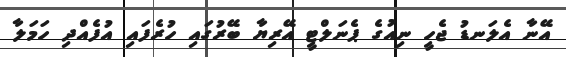
އޭނާ އެލަނޑު ޖެހީ ނިއުގެ ޕެނަލްޓީ އޭރިޔާ ބޭރުގައި ހުރެފައި އުފެއްދި ހަމަލާ